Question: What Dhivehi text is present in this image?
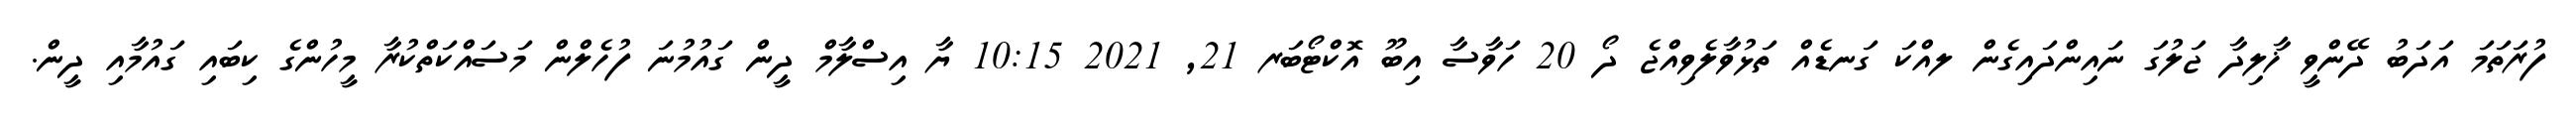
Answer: ފުރަތަމަ އަދަބު ދޭންވީ ޚާލިދާ ޖަލުގަ ނައިންދައިގެން ލއްކަ ގަނޑެއް ތަޅުވާލެވިއްޖެ ދޯ 20 ހަވާސާ އިބޫ އޮކްޓޯބަރ 21, 2021 10:15 ޔާ އިސްލާމް ދީން ގައުމުނަ ފުހެލްން މަސައްކަތްކުރާ މީހުންގެ ކިބައި ގައުމާއި ދީން.